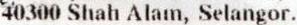
40300 SHAH ALAM, SELANGOR.